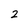
Character: 2